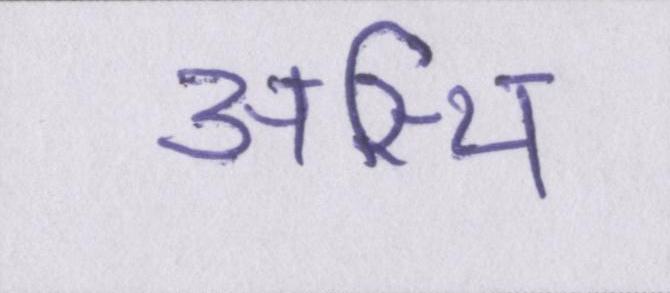
अस्थि